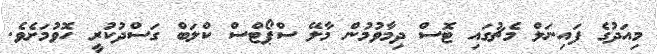
މިއަދުގެ ފައިނަލް މެޗުގައި ޓޮސް ދިމާވުމުން މާލޭ ސްޕޯޓްސް ކްލަބް ގަސްދުކުރީ ހޮވުމަށެވެ.